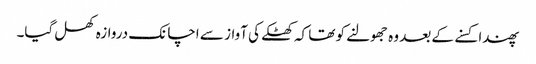
پھندا کسنے کے بعد وہ جھولنے کو تھا کہ کھٹکے کی آواز سے اچانک دروازہ کھل گیا۔